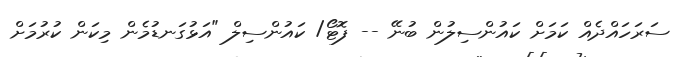
ސަރަހައްދެއް ކަމަށް ކަައުންސިލުން ބުނޭ -- ފޮޓޯ/ ކައުންސިލް "އަޅުގަނޑުމެން މިކަން ކުރުމަށް